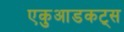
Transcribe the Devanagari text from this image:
एकुआडकट्स